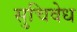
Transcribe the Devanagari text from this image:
सुचिवेध